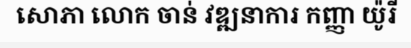
សោភា លោក ចាន់ វឌ្ឍនាការ កញ្ញា យ៉ូរី